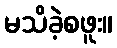
မသိခဲ့စဖူး။